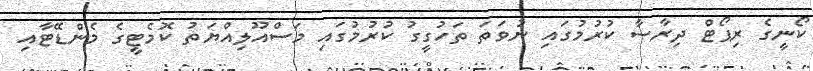
ކޯނީގެ ރިޕޯޓް ދިރާސާ ކުރުމުގައި ނުވަތަ ތަހުގީގު ކުރުމުގައި މަސްއޫލިއްޔަތު ކޮމެޓީގެ މެންޑޭޓާއި